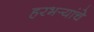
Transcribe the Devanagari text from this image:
हरभर्‍यांचे